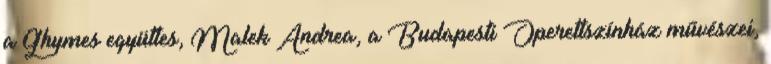
a Ghymes együttes, Malek Andrea, a Budapesti Operettszínház művészei,